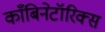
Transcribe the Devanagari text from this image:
काँबिनेटॉरिक्स